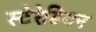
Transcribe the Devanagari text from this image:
स्टेरेडियन